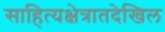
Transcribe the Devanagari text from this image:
साहित्यक्षेत्रातदेखिल